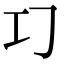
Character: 𢀕